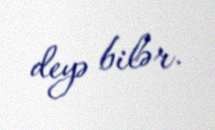
deyə bilər.